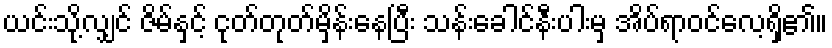
ယင်းသို့လျှင် ဇိမ်နှင့် ငုတ်တုတ်မှိန်းနေပြီး သန်းခေါင်နီးပါးမှ အိပ်ရာဝင်လေ့ရှိ၏။